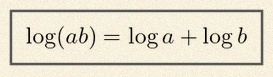
\log(ab)=\log a+\log b